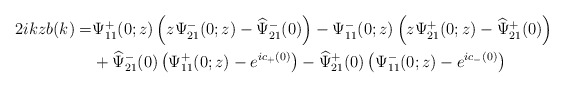
\begin{align*}\begin{aligned}2 i k z b(k)=& \Psi^+_{11}(0 ; z)\left(z \Psi^-_{21}(0;z)-\widehat{\Psi}^-_{21}(0)\right)-\Psi^-_{11}(0;z)\left(z \Psi^+_{21}(0; z)-\widehat{\Psi}^+_{21}(0)\right) \\&+\widehat{\Psi}^-_{21}(0)\left(\Psi^+_{11}(0;z)-e^{ic_+(0)}\right)-\widehat{\Psi}^+_{21}(0)\left(\Psi^-_{11}(0;z)-e^{ic_-(0)}\right)\end{aligned}\end{align*}